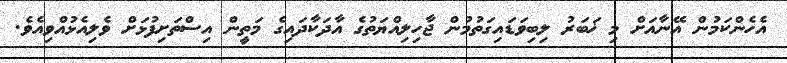
އެހެންކަމުން އޭނާއަށް މި ޚަބަރު ލިބިވަޑައިގަތުމުން ޖާހިލިއްޔަތުގެ އާދަކާދައިގެ މަތީން އިސްތަށިފުޅަށް ވެލިއެޅުއްވިއެވެ.